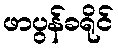
ဖာပွန်ခရိုင်